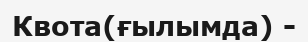
Квота(ғылымда) -